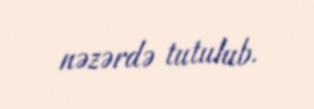
nəzərdə tutulub.